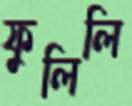
ফুলিলি